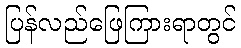
ပြန်လည်ဖြေကြားရာတွင်